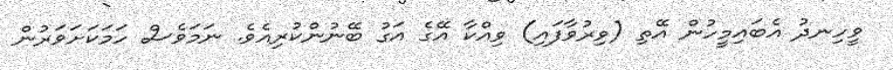
ވީހިނދު އެބައިމީހުން އޭތި (ވިރުވާފައި) ވިއްކާ އޭގެ އަގު ބޭނުންކުރިއެވެ. ނަމަވެސް ހަމަކަށަވަރުން